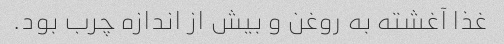
غذا آغشته به روغن و بیش از اندازه چرب بود.